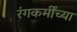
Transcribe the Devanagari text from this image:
रंगकर्मींच्या